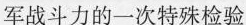
军战斗力的一次特殊检验